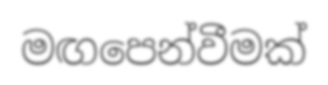
මඟපෙන්වීමක්